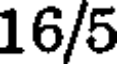
16/5